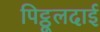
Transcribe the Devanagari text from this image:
पिट्ठूलदाई